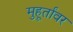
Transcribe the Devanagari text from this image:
मुहूर्तांवर